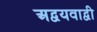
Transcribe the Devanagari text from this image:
अद्वयवाद्वी